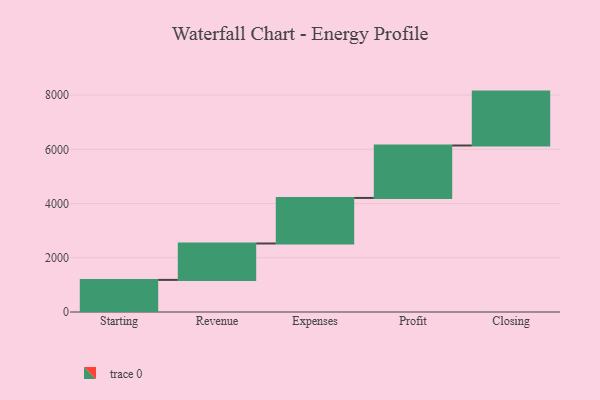
{"axis": {"x": "Step", "y": "Value"}, "legend": [""], "data": [{"x": "Starting", "y": 1184.0, "type": ""}, {"x": "Revenue", "y": 1343.0, "type": ""}, {"x": "Expenses", "y": 1680.0, "type": ""}, {"x": "Profit", "y": 1934.0, "type": ""}, {"x": "Closing", "y": 1988.0, "type": ""}]}